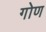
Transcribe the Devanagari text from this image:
गोण